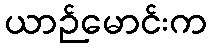
ယာဉ်မောင်းက